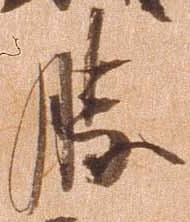
勝